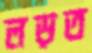
লড়ত